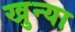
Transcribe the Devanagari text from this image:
खुन्या